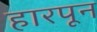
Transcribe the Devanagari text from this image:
हारपून